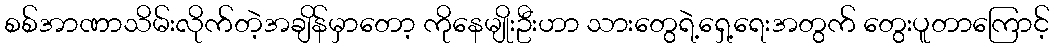
စစ်အာဏာသိမ်းလိုက်တဲ့အချိန်မှာတော့ ကိုနေမျိုးဦးဟာ သားတွေရဲ့ရှေ့ရေးအတွက် တွေးပူတာကြောင့်